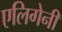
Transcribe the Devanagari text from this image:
एलिगेनी